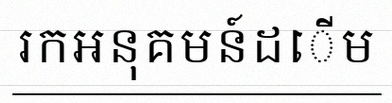
រកអនុគមន៍ដើម